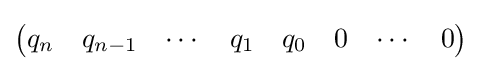
{\begin{pmatrix}q_{n}&q_{n-1}&\cdots &q_{1}&q_{0}&0&\cdots &0\end{pmatrix}}